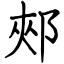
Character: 郟